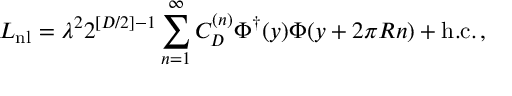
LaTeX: { \cal L } _ { \mathrm { n l } } = \lambda ^ { 2 } 2 ^ { [ D / 2 ] - 1 } \sum _ { n = 1 } ^ { \infty } C _ { D } ^ { ( n ) } \Phi ^ { \dagger } ( y ) \Phi ( y + 2 \pi R n ) + \mathrm { h . c . } \, ,